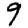
Digit: 9